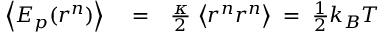
\begin{array} { r l r } { \left\langle E _ { p } ( r ^ { n } ) \right\rangle } & { { } = } & { \frac { \kappa } { 2 } \, \left\langle r ^ { n } r ^ { n } \right\rangle \; = \; \frac { 1 } { 2 } k _ { B } T } \end{array}